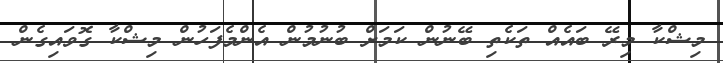
މިޝްކާ މިރޭ ބައެއް ތަކެތި ބޭނުން ކަމަށް ބުނުމުން އެންމެފަހުން މިޝްކާ ގޮވައިގެން